Vaccination in Bombay 1856-1862 - 1856-1862
Year: 1856
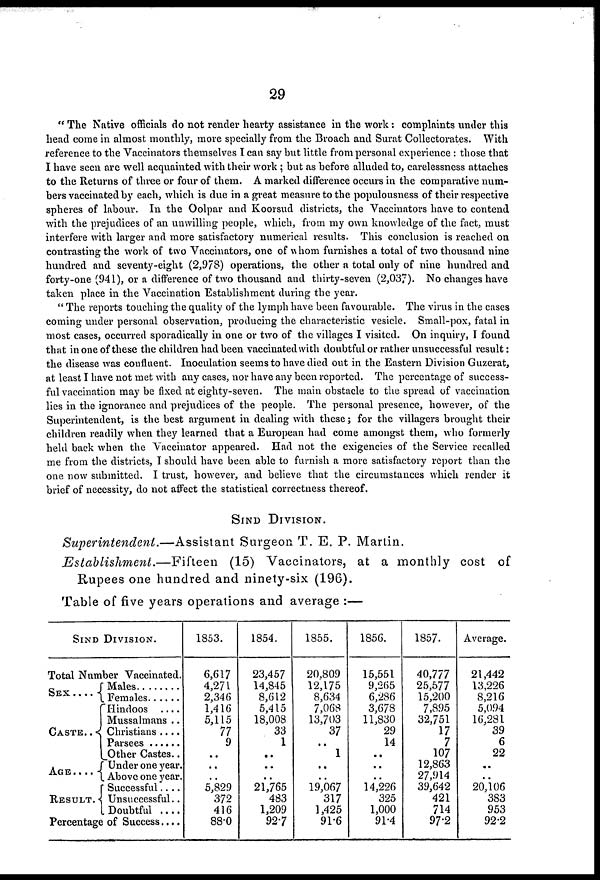
29
" The Native officials do not render hearty assistance in the work: complaints under this
head come in almost monthly, more specially from the Broach and Surat Collectorates. With
reference to the Vaccinators themselves I can say but little from personal experience : those that
I have seen are well acquainted with their work ; but as before alluded to, carelessness attaches
to the Returns of three or four of them. A marked difference occurs in the comparative num-
bers vaccinated by each, which is due in a great measure to the populousness of their respective
spheres of labour. In the Oolpar and Koorsud districts, the Vaccinators have to contend
with the prejudices of an unwilling people, which, from my own knowledge of the fact, must
interfere with larger and more satisfactory numerical results. This conclusion is reached on
contrasting the work of two Vaccinators, one of whom furnishes a total of two thousand nine
hundred and seventy-eight (2,978) operations, the other a total only of nine hundred and
forty-one (941), or a difference of two thousand and thirty-seven (2,037). No changes have
taken place in the Vaccination Establishment during the year.
" The reports touching the quality of the lymph have been favourable. The virus in the cases
coming under personal observation, producing the characteristic vesicle. Small-pox, fatal in
most cases, occurred sporadically in one or two of the villages I visited. On inquiry, I found
that in one of these the children had been vaccinated with doubtful or rather unsuccessful result:
the disease was confluent. Inoculation seems to have died out in the Eastern Division Guzerat,
at least I have not met with any cases, nor have any been reported. The percentage of success-
ful vaccination may be fixed at eighty-seven. The main obstacle to the spread of vaccination
lies in the ignorance and prejudices of the people. The personal presence, however, of the
Superintendent, is the best argument in dealing with these; for the villagers brought their
children readily when they learned that a European had come amongst them, who formerly
held back when the Vaccinator appeared. Had not the exigencies of the Service recalled
me from the districts, I should have been able to furnish a more satisfactory report than the
one now submitted. I trust, however, and believe that the circumstances which render it
brief of necessity, do not affect the statistical correctness thereof.
SIND DIVISION.
Superintendent.—Assistant
Surgeon T. E. P. Martin.
Establishment.—Fifteen
(15) Vaccinators, at a monthly cost of
Rupees one hundred and ninety-six (196).
Table of five years operations and average :—
SIND DIVISION.
Total Number Vaccinated.
SEX
....
CASTE. .
AGE....
RESULT.
Male ........
Female ......
Hindoos ....
Mussalmans ..
Christians ....
Parsees ......
Other Castes..
Under one year.
Above one year.
Successful....
Unsuccessful..
Doubtful ....
Percentage of Success....
1853.
6,617
4,271
2,346
1,416
5,115
77
9
..
..
..
5,829
372
416
88.0
1854.
23,457
14,845
8,612
5,415
18,008
33
1
..
..
..
21,765
483
1,209
92.7
1855.
20,809
12,175
8,634
7,068
13,703
37
..
1
..
..
19,067
317
1,425
91.6
1856.
15,551
9,265
6,286
3,678
11,830
29
14
..
..
..
14,226
325
1,000
91.4
1857.
40,777
25,577
15,200
7,895
32,751
17
7
107
12,863
27,914
39,642
421
714
97.2
Average.
21,442
13,226
8,216
5,094
16,281
39
6
22
..
..
20,106
383
953
92.2